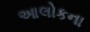
આલોકના